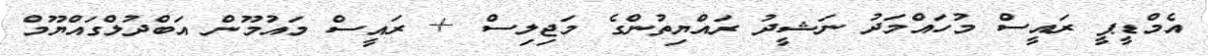
އެމްޑީޕީ ރައީސް މުހައްމަދު ނަޝީދު ރައްޔިތުންގެ މަޖިލިސް + ރައީސް މައުމޫން އަބްދުލްގައްޔޫމް